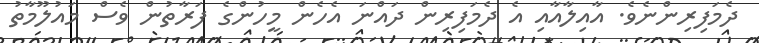
ދެމަފިރިންނެވެ. އާއިލާއާއި އެ ދެމަފިރިން ދައްނަ އެހެން މީހުންގެ ފަރާތުން ވެސް މައުލޫމާތު